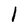
Character: 1